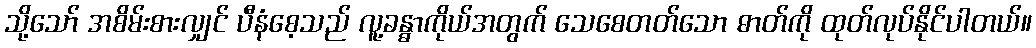
သို့သော် အစိမ်းစားလျှင် ပီနံစေ့သည် လူ့ခန္ဓာကိုယ်အတွက် သေစေတတ်သော ဓာတ်ကို ထုတ်လုပ်နိုင်ပါတယ်။